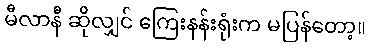
မီလာနီ ဆိုလျှင် ကြေးနန်းရုံးက မပြန်တော့။